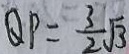
Q P = \frac { 3 } { 2 } \sqrt { 3 }